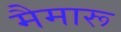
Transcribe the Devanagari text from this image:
मैमारू